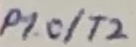
Text: P1.0/T2